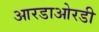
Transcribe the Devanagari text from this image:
आरडाओरडी